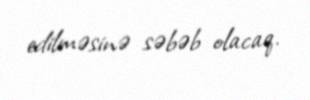
edilməsinə səbəb olacaq.